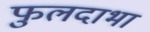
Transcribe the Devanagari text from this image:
फुलदाभा